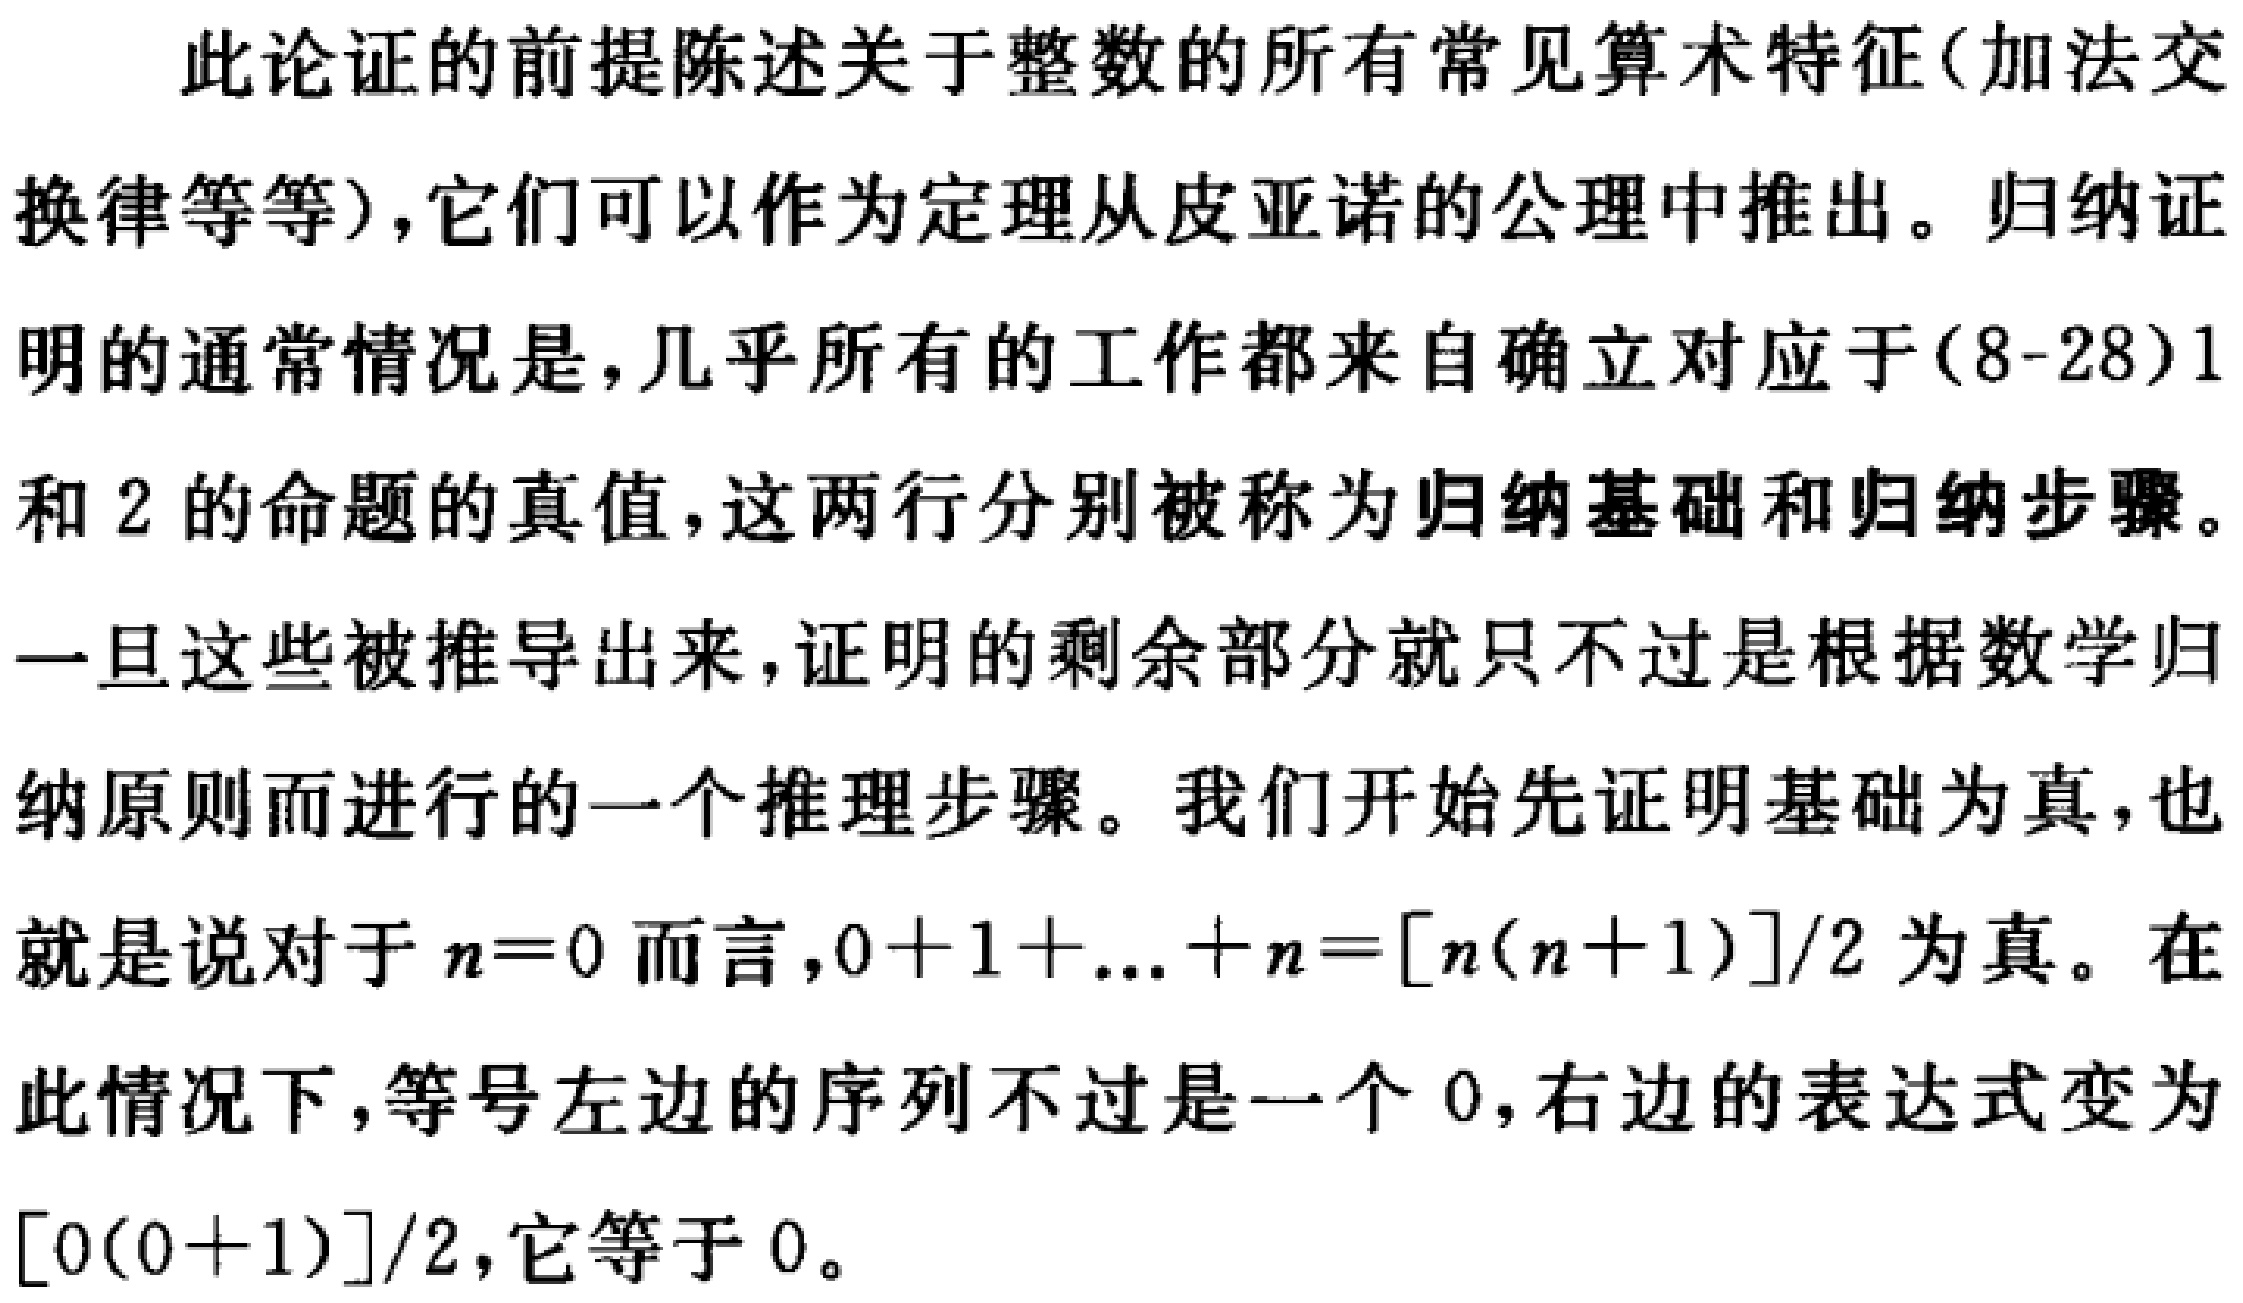
此论证的前提陈述关于整数的所有常见算术特征(加法交换律等等),它们可以作为定理从皮亚诺的公理中推出。归纳证明的通常情况是,几乎所有的工作都来自确立对应于(8-28)1和2的命题的真值,这两行分别被称为归纳基础和归纳步骤。一旦这些被推导出来,证明的剩余部分就只不过是根据数学归纳原则而进行的一个推理步骤。我们开始先证明基础为真,也就是说对于\(n = 0\)而言,\(0 + 1 + \ldots + n=\frac{n(n + 1)}{2}\)为真。在此情况下,等号左边的序列不过是一个0,右边的表达式变为\(\frac{0(0 + 1)}{2}\),它等于0。